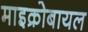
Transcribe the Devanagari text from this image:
माइक्रोबायल